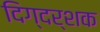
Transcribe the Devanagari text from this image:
दिग्‍दर्शक